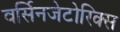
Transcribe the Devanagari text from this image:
वर्सिनजेटोरिक्स